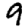
Digit: 9